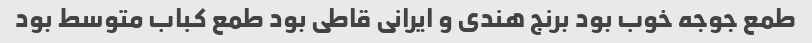
طمع جوجه خوب بود برنج هندی و ایرانی قاطی بود طمع کباب متوسط بود